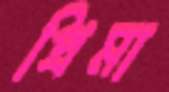
প্রিমা